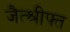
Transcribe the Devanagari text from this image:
जैत्श्रीफ्त